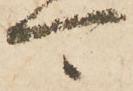
可